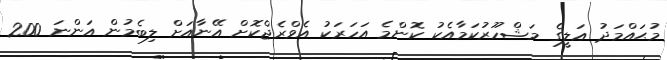
މުޙައްމަދު ޢަލީގެ މަޝްހޫރުކަމާއެކު ކޮންމެ އަހަރަކު އެވްރެޖްކޮށް އޭނާއަށް ލިބެމުން އަންނަ 200